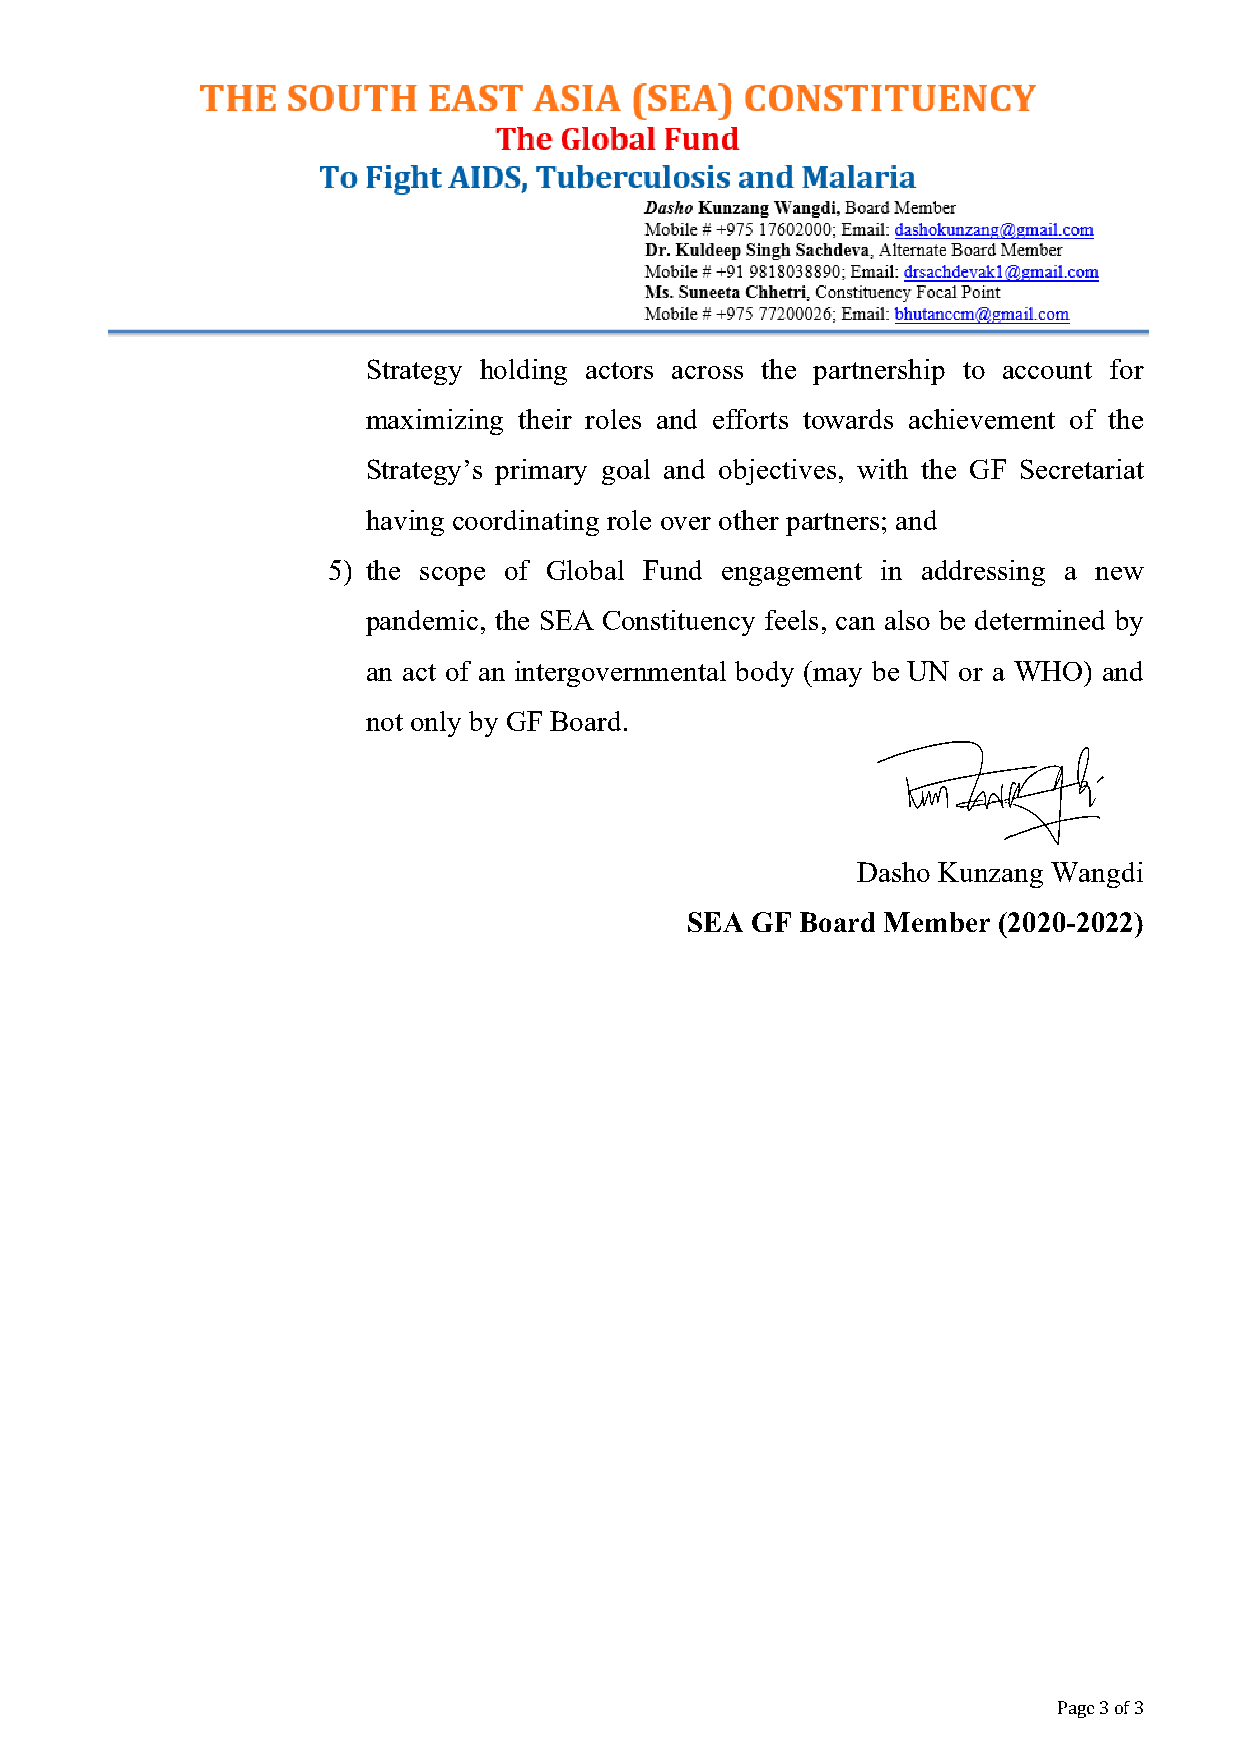
Strategy holding actors across the partnership to account for
 maximizing their roles and efforts towards achievement of the
 Strategy’s primary goal and objectives, with the GF Secretariat
 having coordinating role over other partners; and
 5) the scope of Global Fund engagement in addressing a new
 pandemic, the SEA Constituency feels, can also be determined by
 an act of an intergovernmental body (may be UN or a WHO) and
 not only by GF Board.
 Dasho Kunzang Wangdi
 SEA  GF Board Member (2020-2022)
 Page 3 of 3